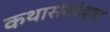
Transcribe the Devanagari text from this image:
कथासंघांच्या